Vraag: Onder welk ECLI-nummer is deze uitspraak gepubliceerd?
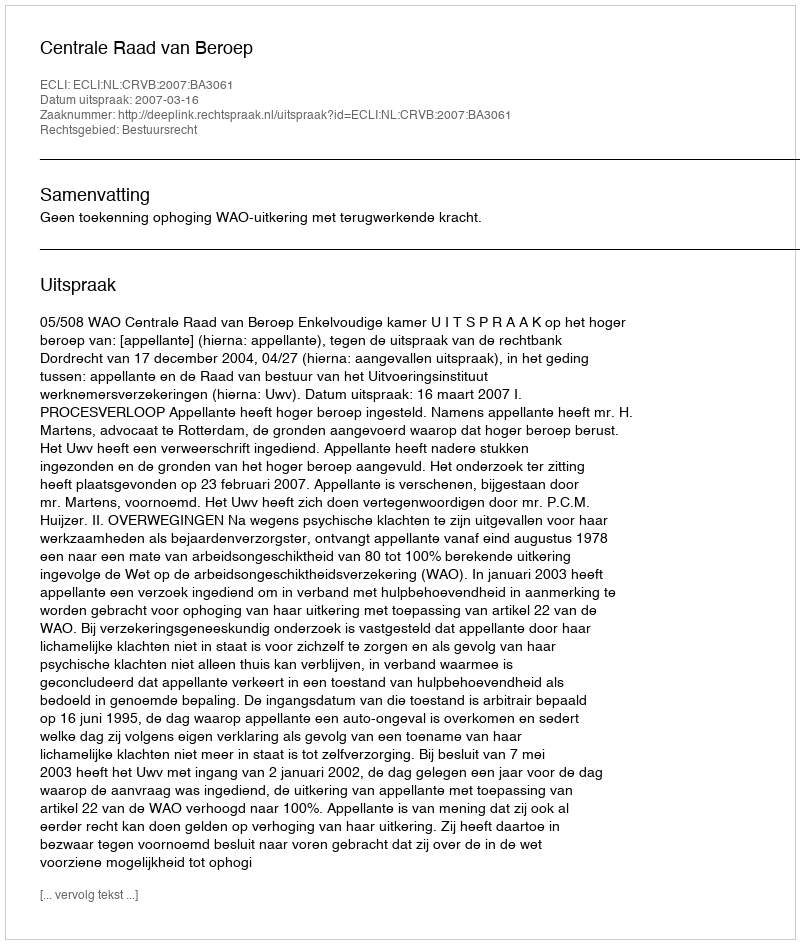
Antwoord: ECLI:NL:CRVB:2007:BA3061